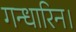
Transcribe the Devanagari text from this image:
गन्धारिन।